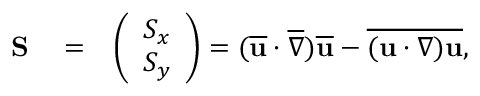
\begin{array} { r l r } { \mathbf { S } } & { { } = } & { \left( \begin{array} { l } { { S } _ { x } } \\ { { S } _ { y } } \end{array} \right) = ( \overline { { \mathbf { u } } } \cdot \overline { { \nabla } } ) \overline { { \mathbf { u } } } - \overline { { ( \mathbf { u } \cdot \nabla ) \mathbf { u } } } , } \end{array}